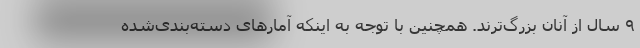
۹ سال از آنان بزرگ‌ترند. همچنین با توجه به اینکه آمارهای دسته‌بندی‌شده